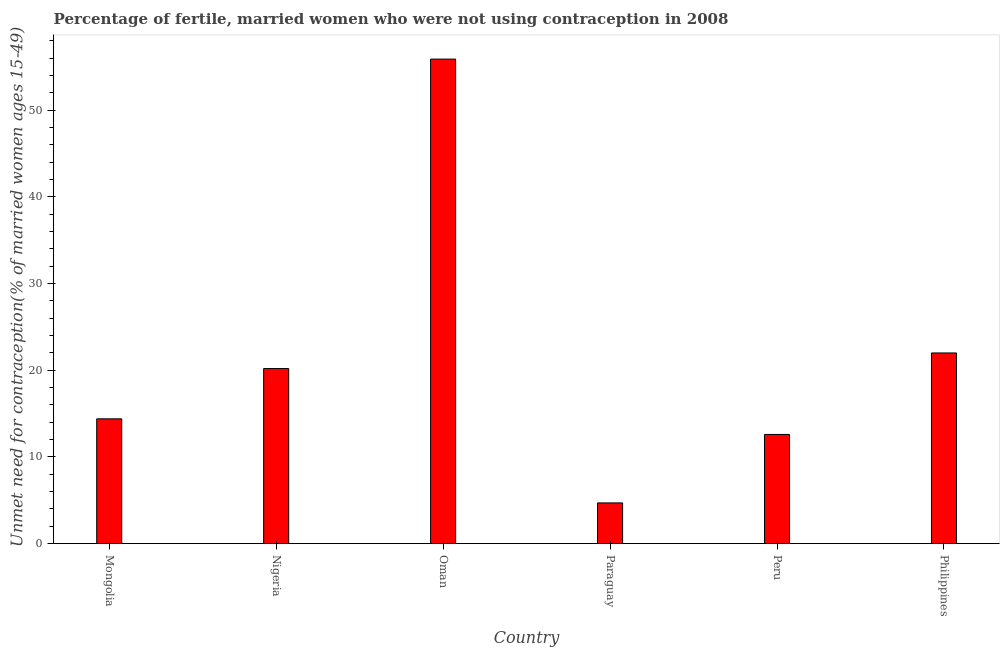
| Country | Unmet need for contraception |
 | --- | --- |
 | Mongolia | 14.4 |
 | Nigeria | 20.2 |
 | Oman | 55.9 |
 | Paraguay | 4.7 |
 | Peru | 12.6 |
 | Philippines | 22 |